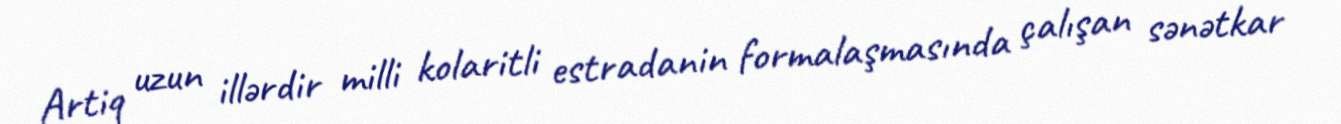
Artiq uzun illərdir milli kolaritli estradanin formalaşmasında çalışan sənətkar